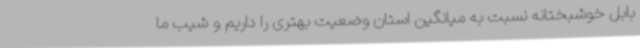
بابل خوشبختانه نسبت به میانگین استان وضعیت بهتری را داریم و شیب ما